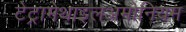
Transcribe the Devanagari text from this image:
टेट्रामेथाइलअमोनियम